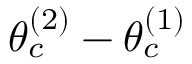
\theta _ { c } ^ { ( 2 ) } - \theta _ { c } ^ { ( 1 ) }